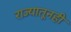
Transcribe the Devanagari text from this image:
राज्यातूनही